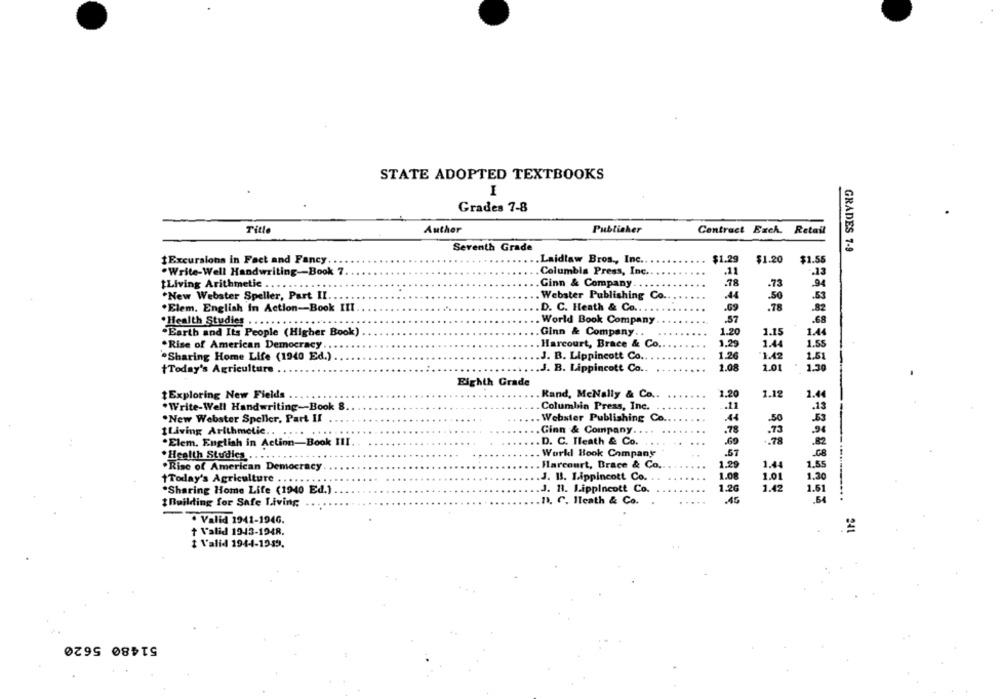
STATE ADOPTED TEXTBOOKS
I
Grades 7-8
Title
Auther
Publisher
Contract Each. Retail
Seventh Grade
GRADES 7-9
$1.29
$1.55
1Excursions in Fact and Fancy ...
Laidlaw Bros ., Inc ..
$1.20
.Write-Well Handwriting-Book 7
Columbia Press, Inc.
.11
.13
tLiving Arithmetic .
Ginn & Company
.78
-73
*New Webster Speller, Part II.
. Webster Publishing Co ..
.44
.50
.53
.Elem. English In Action-Book III.
.D. C. Heath & Co ...
.69
.78
.82
*Health Studies ..
. World Book Company
.57
.68
.Earth and Its People (Higher Book)
.Ginn & Company ..
1.20
1.15
1.44
1.29
1.44
.Rise of American Democracy,
Harcourt, Brace & Co ...
1.55
.Sharing Home Life (1940 Ed.)
.J. B. Lippincott Co ...
1.26
1.42
1.51
tToday's Agriculture .
.. J. B. Lippincott Co ..
1.08
1.01
1.30
Eighth Grade
tExploring New Fields
Rand, McNally & Co ..
1.20
1.12
1.44
.. 11
.13
.Write-Well Handwriting-Book 8
Columbin Press, Inc.
*New Webster Speller, Part II
Webster Publishing Co.
.44
.50
.53
tLiving Arithmetic ..
...
.Ginn & Company ..
.78
.73
D. C. Heath & Co.
.69
.78
.Elem. English in Action-Book III.
.82
. Workl Hook Company
*Health Studies ..
.Rise of American Democracy
Harcourt, Brace & Co.
1.29
1.44
1.55
1.08
1.01
1.30
1Today's Agriculture . .
.J. 13. Lippincott Co.
*Sharing Home Life (1940 Ed.)
J. 11. Lippincott Co.
1.26
1.42
1.61
1Building for Safe Living
.n. C. Heath & Co.
· Valid 1941-1946.
+ Valid 1943-1948.
t Valid 194-4-1949.
51480 5620